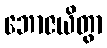
ဘောဇယိတွာ